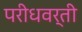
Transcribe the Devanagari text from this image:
परीधवर्ती